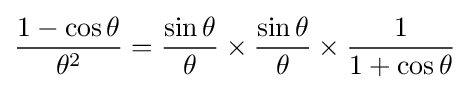
{\frac {1-\cos \theta }{\theta ^{2}}}={\frac {\sin \theta }{\theta }}\times {\frac {\sin \theta }{\theta }}\times {\frac {1}{1+\cos \theta }}